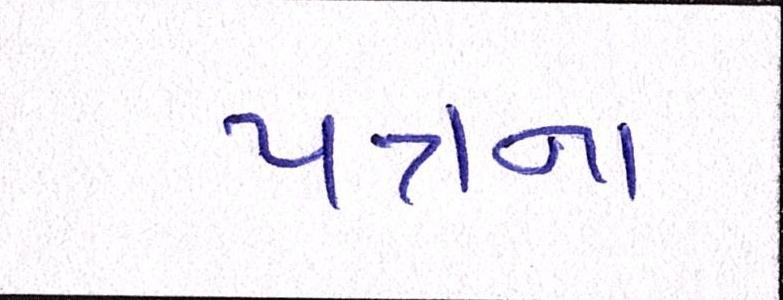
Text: પત્રના